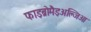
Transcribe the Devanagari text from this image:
फाइब्रोमैइअल्जिआ